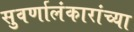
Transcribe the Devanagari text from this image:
सुवर्णालंकारांच्या